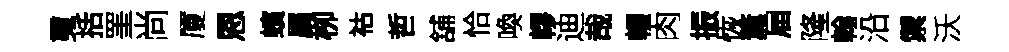
䰟括罣尚厦恩蠙属栁祜哲舖恰喚轇迪哉輟肉振恢薫屇隆翰沿禦沃